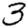
Digit: 3